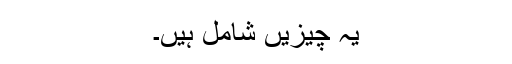
یہ چیزیں شامل ہیں۔